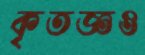
কৃতজ্ঞও